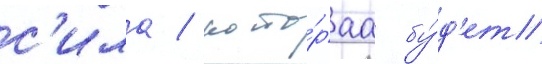
с'ила / кото́раа бу́д'ет